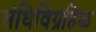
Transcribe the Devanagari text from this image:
संधिविग्रहिक